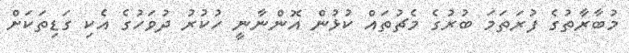
މުބާރާތުގެ ފުރަތަމަ ބުރުގެ މެޗުތައް ކުޅުން އޮންނާނީ ހުކުރު ދުވަހުގެ އެކި ގަޑިތަކަށް